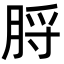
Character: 脟